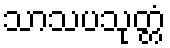
သာသပသုတ္တံ